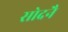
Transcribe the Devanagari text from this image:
सोदनै